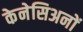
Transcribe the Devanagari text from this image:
केनेसिअनों